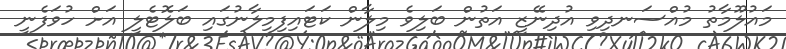
މައުލޫމާތު މުއްސަނދިވި އުދިނޭޒީ އަތުން ބަލިވެ މިލާން ކަޓައިފިމިލާނުގައި ބަލޮޓެލީ އަށް ހުވަފެނީ